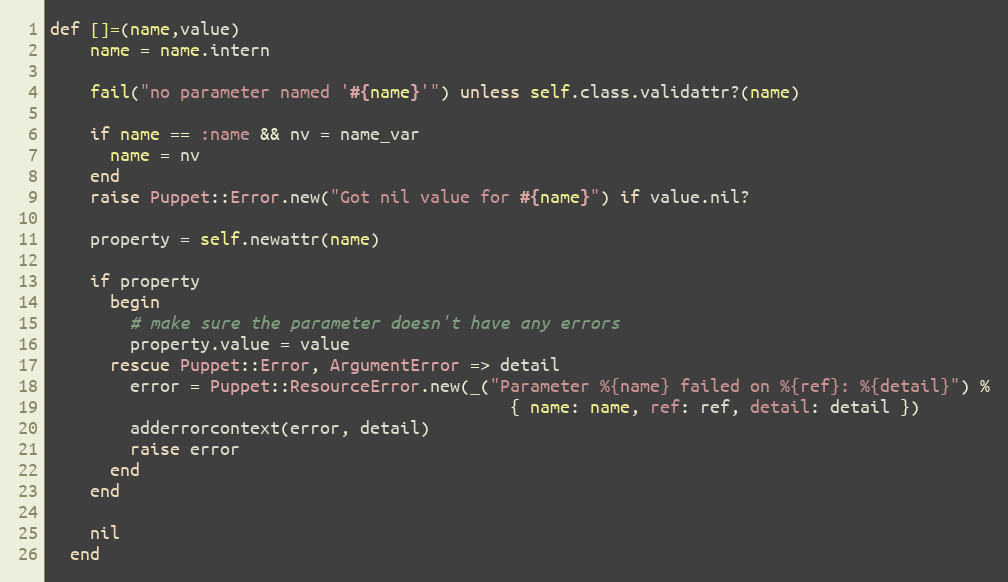
Language: Ruby
def []=(name,value)
    name = name.intern

    fail("no parameter named '#{name}'") unless self.class.validattr?(name)

    if name == :name && nv = name_var
      name = nv
    end
    raise Puppet::Error.new("Got nil value for #{name}") if value.nil?

    property = self.newattr(name)

    if property
      begin
        # make sure the parameter doesn't have any errors
        property.value = value
      rescue Puppet::Error, ArgumentError => detail
        error = Puppet::ResourceError.new(_("Parameter %{name} failed on %{ref}: %{detail}") %
                                              { name: name, ref: ref, detail: detail })
        adderrorcontext(error, detail)
        raise error
      end
    end

    nil
  end